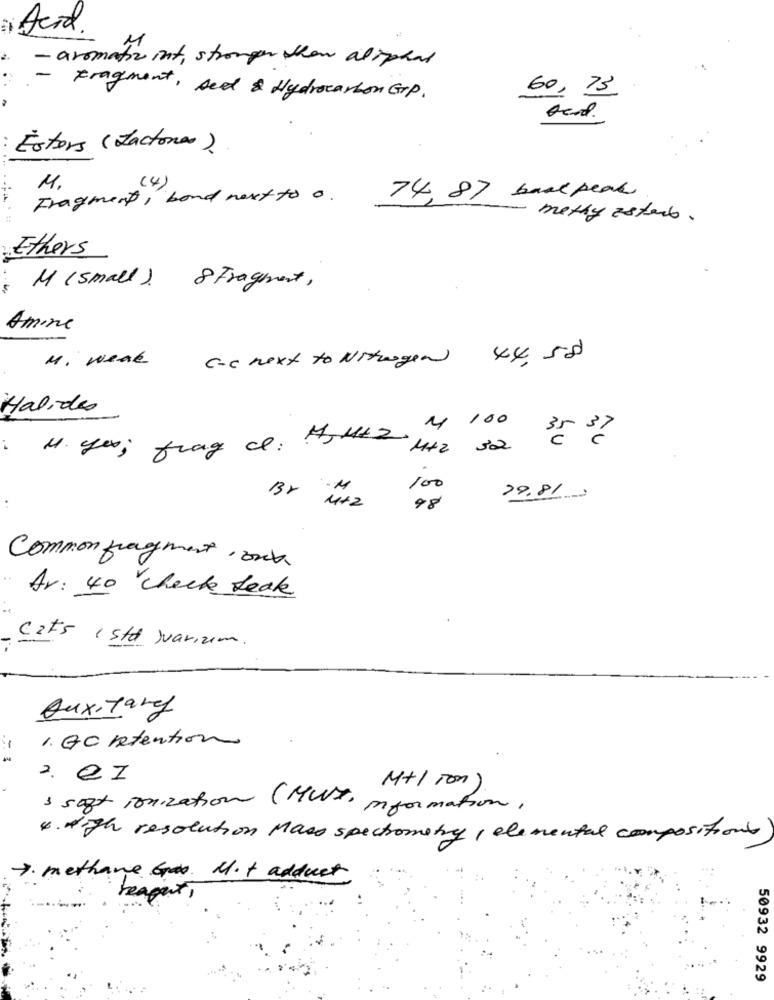
Acid.
-aromatiz int, stronger than aliphat
60,73
Fragment, sed & Hydrocarbon GrP.
Estors (factora)
Fragment, bond next to 0. 744, 87 back peak
M.
(4)
methy astarb.
Ethers
M (small) 8 Fragement,
Amine
M. weak
C-C next to Nitrogen 44, 58
Halides
M. yex; frage at: Asthe 2 1+2 32
M 100 35 3
100
79,813
98
Common fragment, ont.
Av: 40 check Leak
Cats 1 std Juarium.
Auxitary
1. Go Retention
M+lion).
& soft ionization (MUST, information,
4. High resolution Mass spectrometry , elemental compositions
7. methane 6a. M.+ adduct
reagert ,
50932 9929